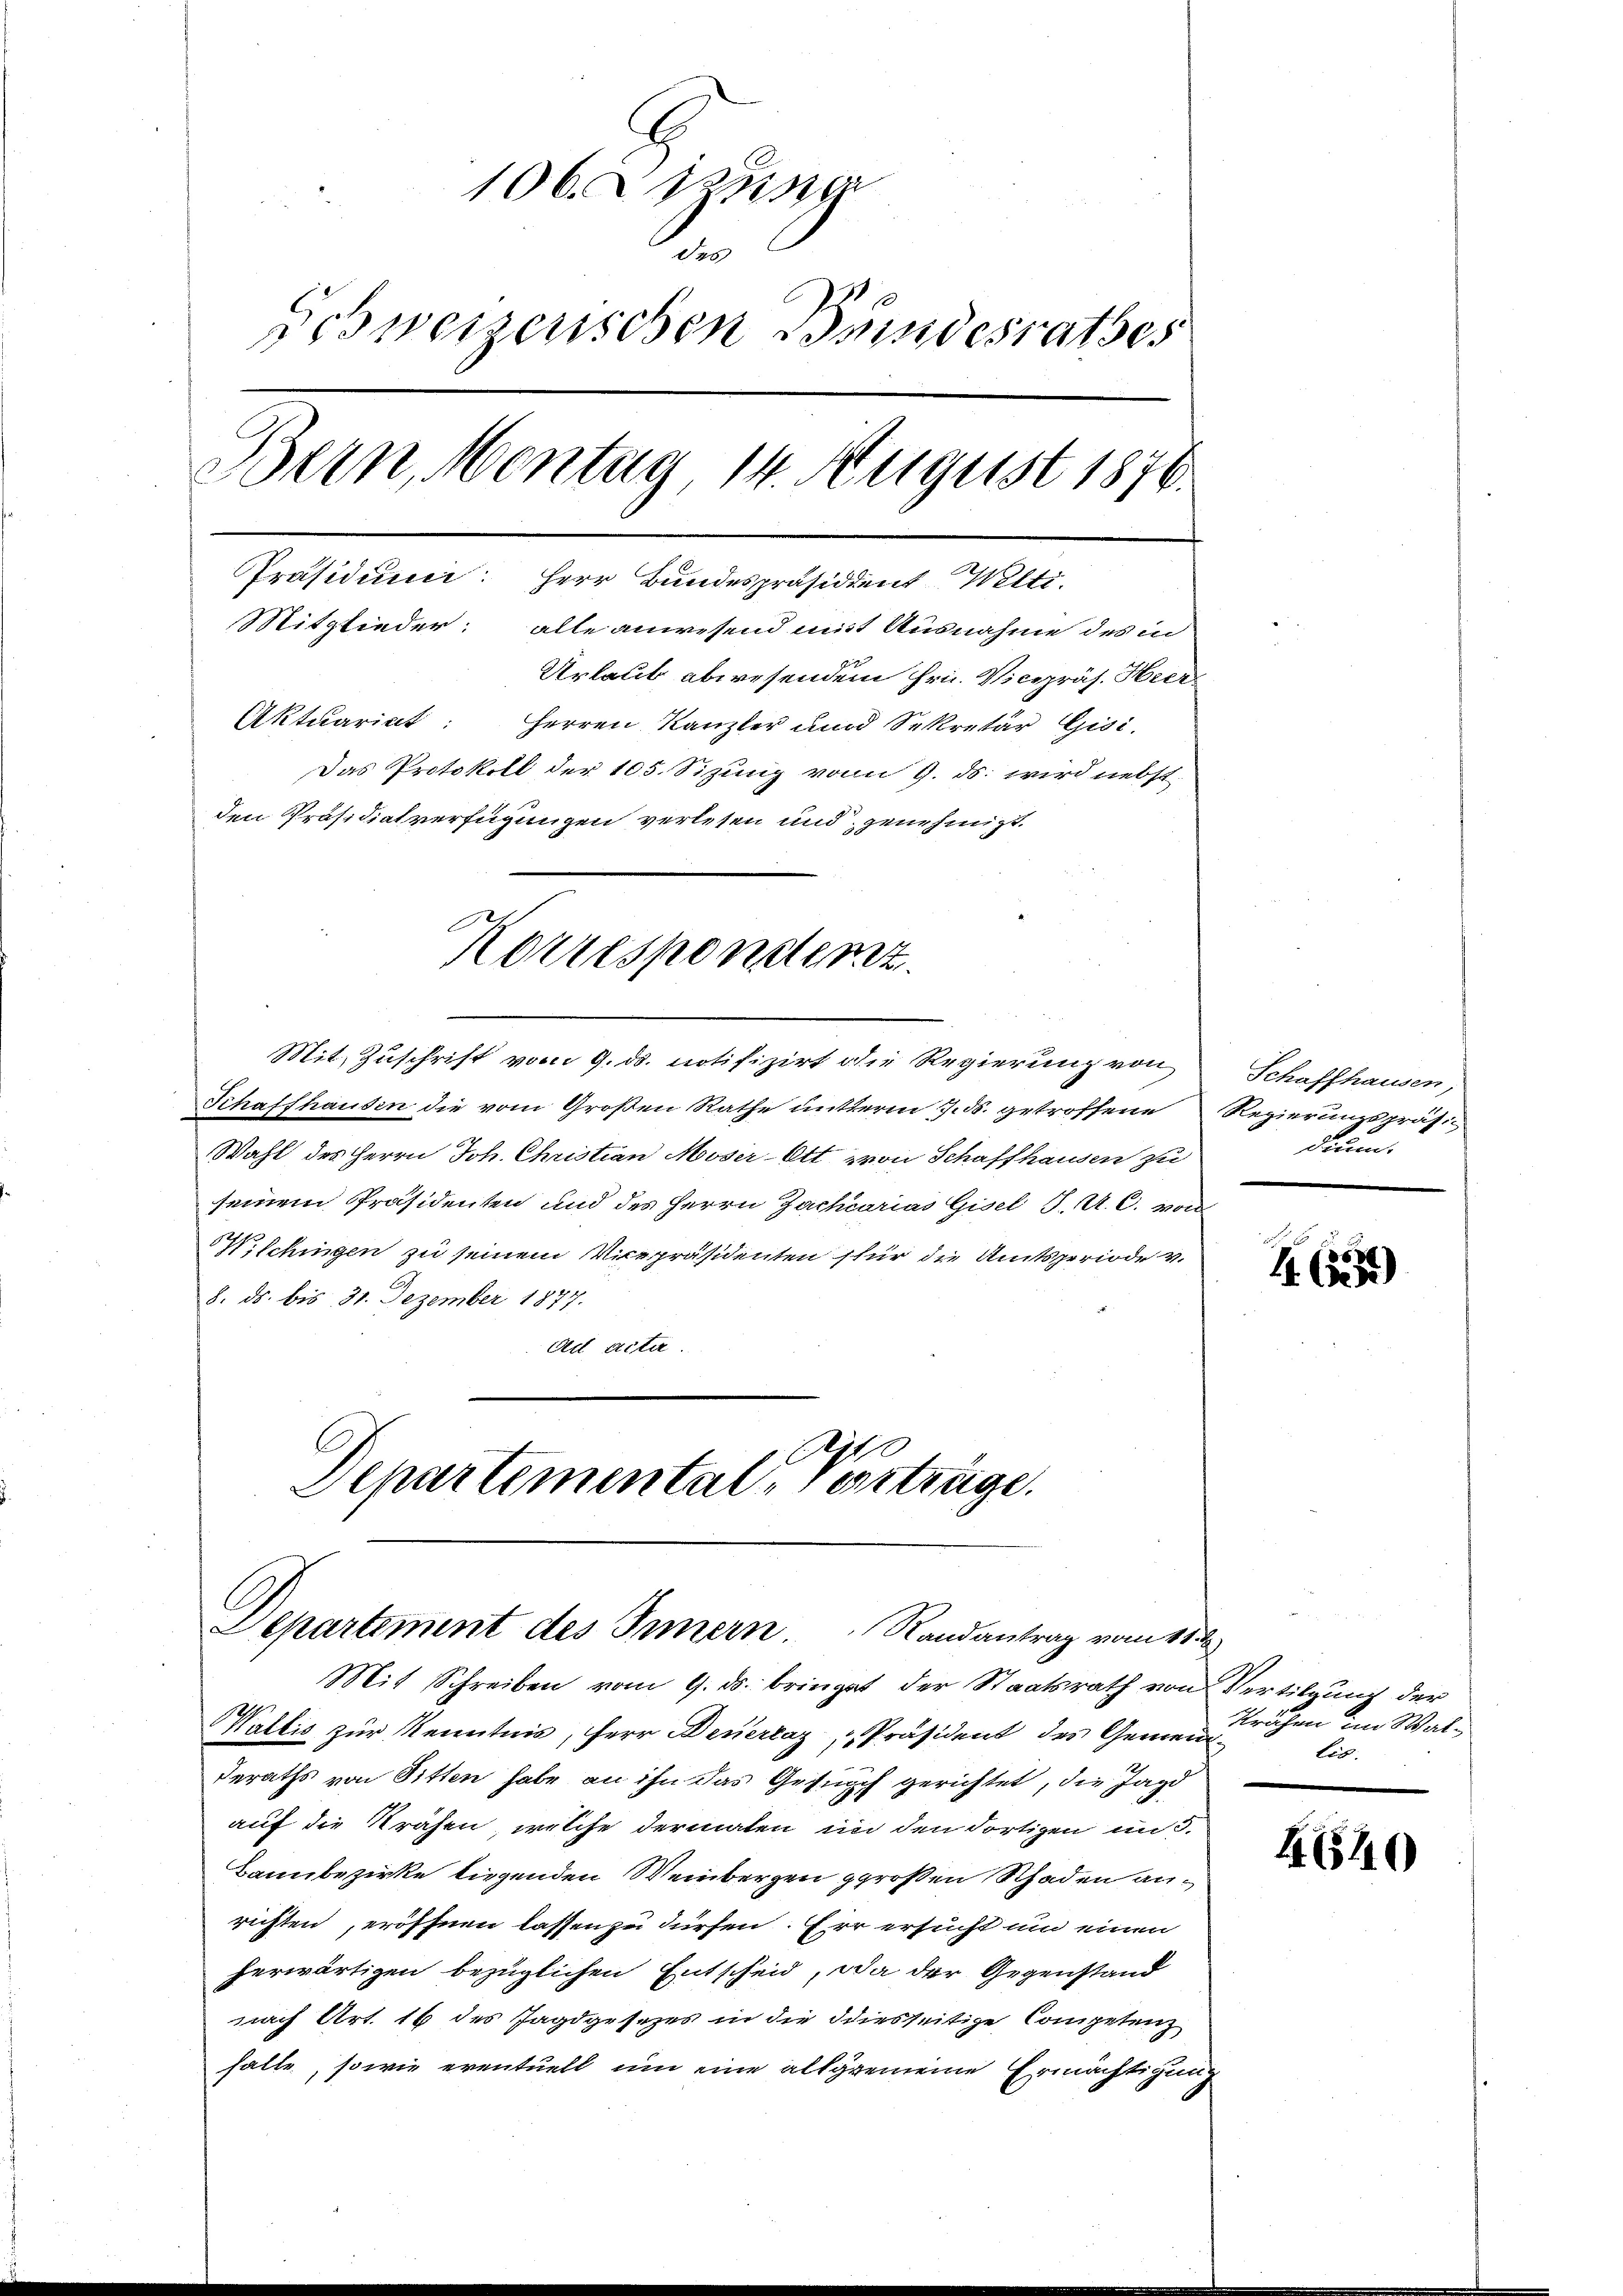
106. Sitzung
e
Schweizerischen Bundesrathes
Bern, Montag 14. August 1876.
Präsidium: Herr Bundespräsident Welti.
Mitglieder: alle anwesend mit Ausnahme des in
Urlaub abwesendem Hrn. Vicepräs. Hier¬
Aktuariat: Herren Kanzler und Sekretär Gisi¬
Das Protokoll der 105. Sizung vom 9. ds. wird nebst
den Präsidiatverfügungen verlesen und genehmigt.

Schaffhausen die vom Großen Rathe mitterm 7. ds. getroffene Regierungspräsi-
Wahl des Herrn Joh. Christian Moser Ott von Schaffhausen zu
seinem Präsidenten und des Herrn Zachcarias Gisel J. A. C. von
V. Schingen zu seinem Vicepräsidenten für die Amtsperiode v.
8. ds. bis 31. Dezember 1877.
Ad acter.
set
Departemental Verträge.

Korresponstenz.
Mit Zuschrift vom 9. ds. notifizirt die Regierung von

Departement des Innern. Randantrag vom 11.

Mit Schreiben vom 9. ds. bringet der Staatsrath von Vertilgung der
Wallis zur Kenntnis, Herr Deuerraz, Präsident des Gemeindderaths von Sitten habe an ihn das Gesuch gerichtet, die Jago
auf die Krähen, welche dermalen in den dortigen in 3.
Bannbezirke liegenden Weinbergen großen Schaden anrichten, eröffnen lassen zu dürfen. Er ersucht und einen
herwärtigen bezüglichen Entscheid, da der Gegenstand
nach Art. 16 des Jagdgesezes in die diesseitige Competenz
halte, sowie eventuell um eine allgemeine Ermächtigung

Schaffhausen,
drum.

1 (1255)

Krähen im Wal-
lis.

4640